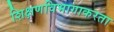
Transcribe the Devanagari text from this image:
शिक्षणविभागाकरता